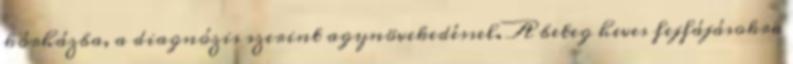
kórházba, a diagnózis szerint agynövekedéssel. A beteg heves fejfájásokra